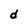
Character: d